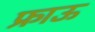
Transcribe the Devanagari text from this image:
फ्राऊ